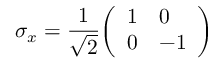
\sigma _ { x } = { \frac { 1 } { \sqrt { 2 } } } { \left( \begin{array} { l l } { 1 } & { 0 } \\ { 0 } & { - 1 } \end{array} \right) }